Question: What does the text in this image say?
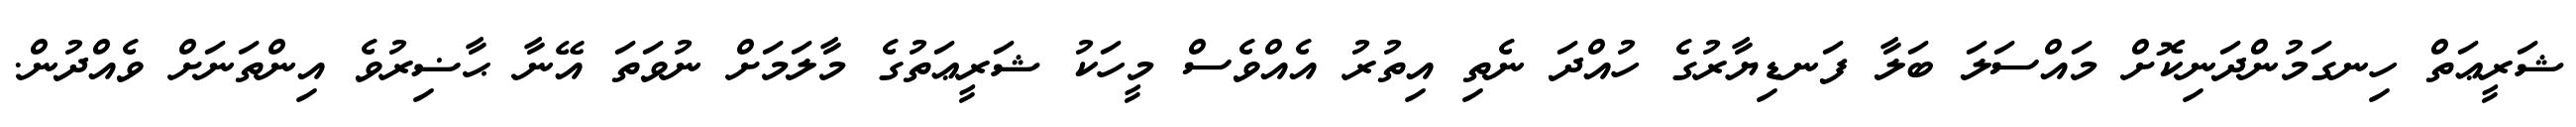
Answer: ޝަރީޢަތް ހިނގަމުންދަނިކޮށް މައްސަލަ ބަލާ ފަނޑިޔާރުގެ ހުއްދަ ނެތި އިތުރު އެއްވެސް މީހަކު ޝަރީޢަތުގެ މާލަމަށް ނުވަތަ އޭނާ ޙާޟިރުވެ އިންތަނަށް ވެއްދުން.